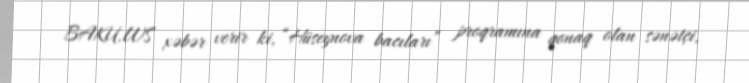
BAKU.WS xəbər verir ki, “Hüseynova bacıları” proqramına qonaq olan sənətçi,